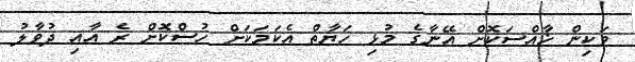
ވަކިން ޚާއްސަކޮށް އޭނާގެ މުޅި ހަޔާތް އެކަމަކަށް ހުސްކޮށް ރެ އާއި ދުވާލު